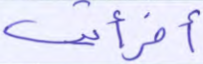
أفرأيت